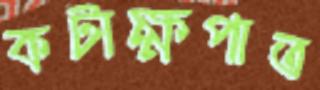
কটাক্ষপাত